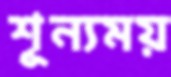
শূন্যময়